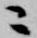
ニ